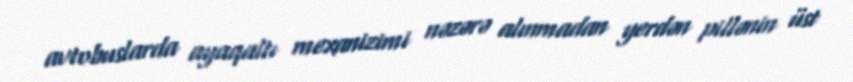
avtobuslarda ayaqaltı mexanizimi nəzərə alınmadan yerdən pillənin üst